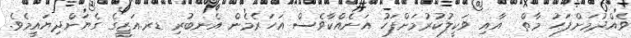
ވެއްދުމަށްފަހު މާތް  އާއި ވަކީލުކުރުމަށްފަހު އަނެއްކާވެސް އަހަރެމެން އެނބުރި ޑރ.އަޒީގެ ގެޔަށްދިޔައީމެވެ.